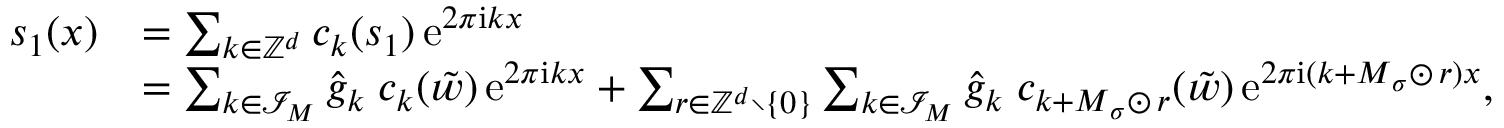
\begin{array} { r l } { s _ { 1 } ( \boldsymbol x ) } & { = \sum _ { \boldsymbol k \in \mathbb Z ^ { d } } c _ { \boldsymbol k } ( s _ { 1 } ) \, \mathrm e ^ { 2 \pi \mathrm i \boldsymbol k \boldsymbol x } } \\ & { = \sum _ { \boldsymbol k \in \mathcal I _ { \boldsymbol M } } \hat { g } _ { \boldsymbol k } \; c _ { \boldsymbol k } ( \tilde { w } ) \, \mathrm e ^ { 2 \pi \mathrm i \boldsymbol k \boldsymbol x } + \sum _ { \boldsymbol r \in \mathbb Z ^ { d } \setminus \{ \boldsymbol 0 \} } \sum _ { \boldsymbol k \in \mathcal I _ { \boldsymbol M } } \hat { g } _ { \boldsymbol k } \; c _ { \boldsymbol k + \boldsymbol M _ { \boldsymbol \sigma } \odot \, \boldsymbol r } ( \tilde { w } ) \, \mathrm e ^ { 2 \pi \mathrm i ( \boldsymbol k + \boldsymbol M _ { \boldsymbol \sigma } \odot \, \boldsymbol r ) \boldsymbol x } , } \end{array}